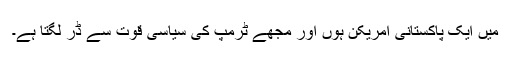
میں ایک پاکستانی امریکن ہوں اور مجھے ٹرمپ کی سیاسی قوت سے ڈر لگتا ہے۔